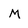
Character: M